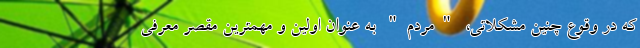
که در وقوع چنین مشکلاتی، "مردم" به عنوان اولین و مهمترین مقصر معرفی